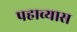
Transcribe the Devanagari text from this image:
पहाव्यास